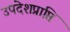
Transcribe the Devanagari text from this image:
उपदेशप्राप्ति